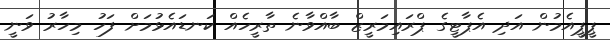
ޕީޕީއެމުން އަދި އެޕާޓީގެ ޕްރައިމަރީޒް ބާއްވާނެ ތާރީހެއް ކަނޑައެޅުމަށް ފަހު މިހާރު ވަނީ